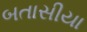
બતાસીયા